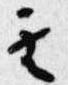
其